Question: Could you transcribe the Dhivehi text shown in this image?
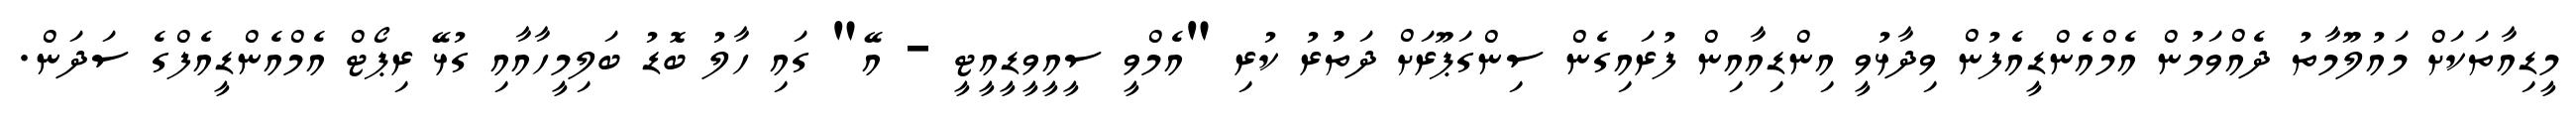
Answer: މީޑިއާތަކަށް މައުލޫމާތު ދެއްވަމުން އެމްއެންޑީއެފުން ވިދާޅުވީ އިންޑިއާއިން ފުރައިގެން ސިންގަޕޫރަށް ދަތުުރު ކުރި "އެމްވީ ސީއީވީޑީއީޓީ - އޭ" ގައި ހާލު ބޮޑު ބަލިމީހާއާއި ގުޅޭ ރިޕޯޓް އެމްއެންޑީއެފްގެ ސަދަން.